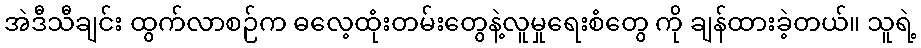
အဲဒီသီချင်း ထွက်လာစဉ်က ဓလေ့ထုံးတမ်းတွေနဲ့လူမှုရေးစံတွေ ကို ချန်ထားခဲ့တယ်။ သူရဲ့